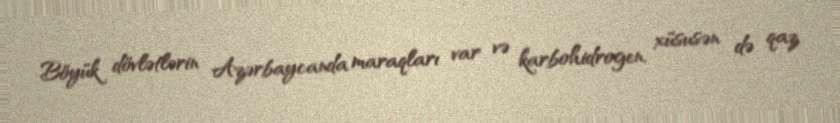
Böyük dövlətlərin Azərbaycanda maraqları var və karbohidrogen, xüsusən də qaz